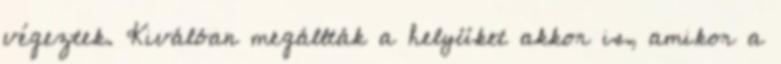
végeztek. Kiválóan megállták a helyüket akkor is, amikor a